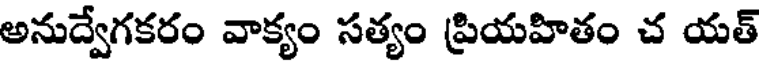
అనుద్వేగకరం వాక్యం సత్యం ప్రియహితం చ యత్